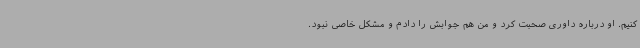
کنیم. او درباره داوری صحبت کرد و من هم جوابش را دادم و مشکل خاصی نبود.